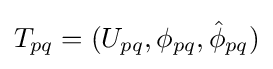
T_{pq}=(U_{pq},\phi _{pq},{\hat {\phi }}_{pq})